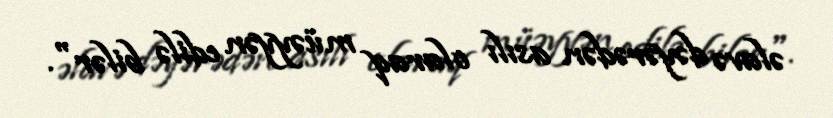
əlavə dəyərədən asılı olaraq müəyyən edilə bilər".